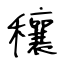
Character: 穰